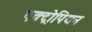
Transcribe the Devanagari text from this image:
एक्ट्रोपियन